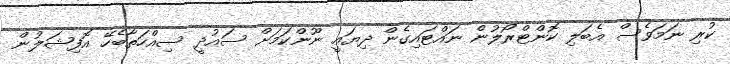
ކުރި ނަމަވެސް އެބަލި ކޮންޓްރޯލުން ނައްޓައިގެން ދިޔައީ ނޫންކަމަށް ސައުދީ ސިއްހަތާބެހޭ އޮފިޝަލުން